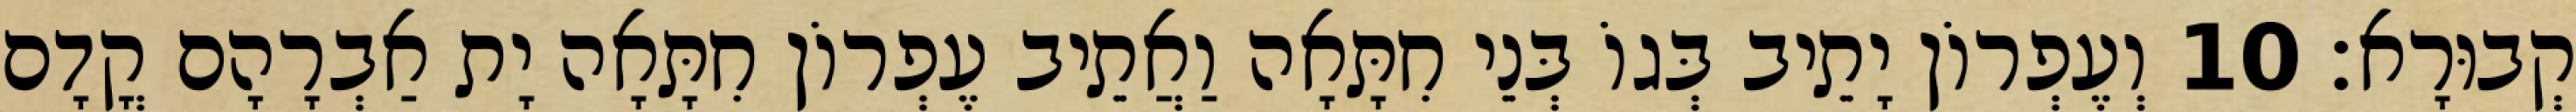
קְבוּרָא׃ 10 וְעֶפְרוֹן יָתֵיב בְּגוֹ בְּנֵי חִתָּאָה וַאֲתֵיב עֶפְרוֹן חִתָּאָה יָת אַבְרָהָם קֳדָם